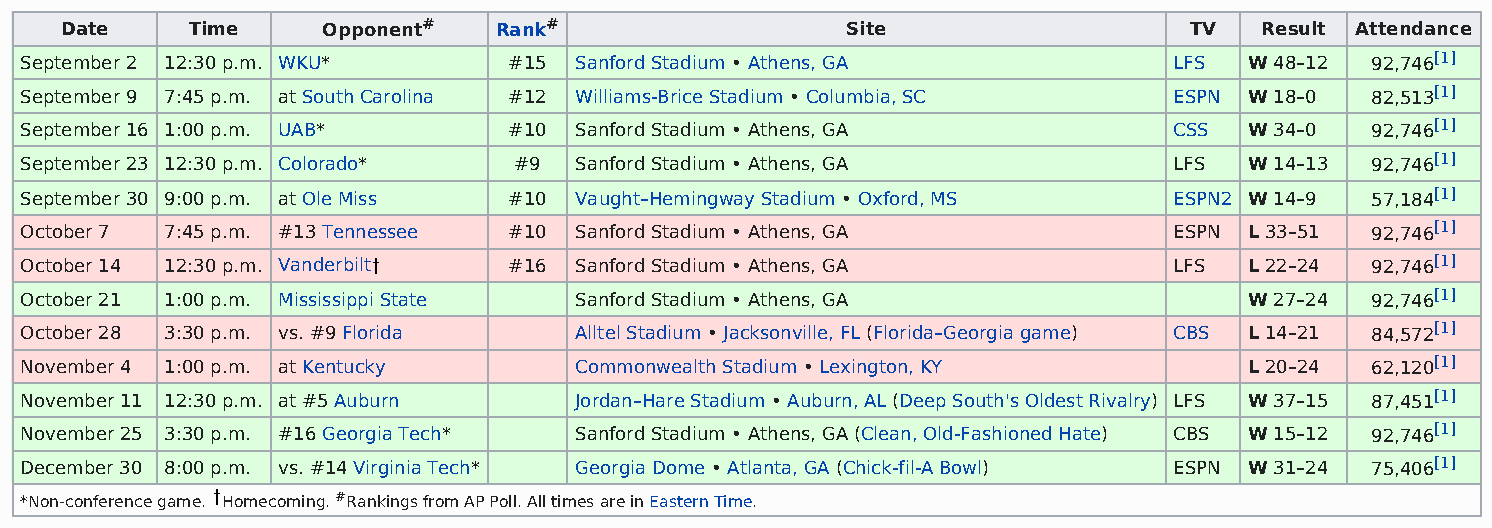
Date    Time     Opponent#   Rank#                  Site                   TV  Result Attendance
 September 2 12:30 p.m. WKU*      #15 Sanford Stadium • Athens, GA            LFS  W 48–12 92,746[1]
 September 9 7:45 p.m. at South Carolina #12 Williams-Brice Stadium • Columbia, SC ESPN W 18–0 82,513[1]
 September 16 1:00 p.m. UAB*      #10 Sanford Stadium • Athens, GA            CSS  W 34–0  92,746[1]
 September 23 12:30 p.m. Colorado* #9 Sanford Stadium • Athens, GA            LFS  W 14–13 92,746[1]
 September 30 9:00 p.m. at Ole Miss #10 Vaught–Hemingway Stadium • Oxford, MS ESPN2 W 14–9 57,184[1]
 October 7 7:45 p.m. #13 Tennessee #10 Sanford Stadium • Athens, GA           ESPN L 33–51 92,746[1]
 October 14 12:30 p.m. Vanderbilt #16 Sanford Stadium • Athens, GA            LFS  L 22–24 92,746[1]
 October 21 1:00 p.m. Mississippi State Sanford Stadium • Athens, GA               W 27–24 92,746[1]
 October 28 3:30 p.m. vs. #9 Florida  Alltel Stadium • Jacksonville, FL (Florida–Georgia game) CBS L 14–21 84,572[1]
 November 4 1:00 p.m. at Kentucky     Commonwealth Stadium • Lexington, KY         L 20–24 62,120[1]
 November 11 12:30 p.m. at #5 Auburn  Jordan–Hare Stadium • Auburn, AL (Deep South's Oldest Rivalry) LFS W 37–15 87,451[1]
 November 25 3:30 p.m. #16 Georgia Tech* Sanford Stadium • Athens, GA (Clean, Old-Fashioned Hate) CBS W 15–12 92,746[1]
 December 30 8:00 p.m. vs. #14 Virginia Tech* Georgia Dome • Atlanta, GA (Chick-fil-A Bowl) ESPN W 31–24 75,406[1]
 *Non-conference game. Homecoming. #Rankings from AP Poll. All times are in Eastern Time.